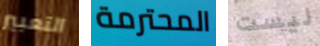
التعبير المحترمة ليست